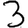
Digit: 3